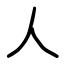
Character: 人